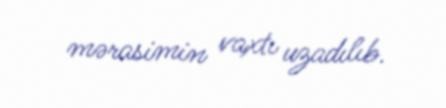
mərasimin vaxtı uzadılıb.